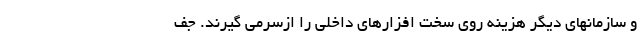
و سازمانهای دیگر هزینه روی سخت افزارهای داخلی را ازسرمی گیرند. جف